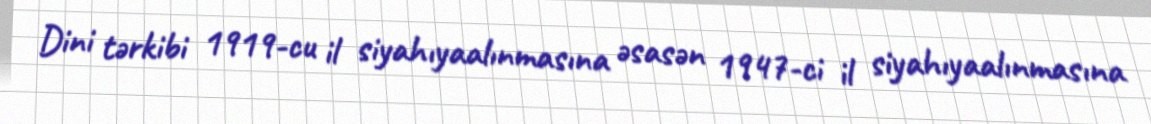
Dini tərkibi 1919-cu il siyahıyaalınmasına əsasən 1947-ci il siyahıyaalınmasına